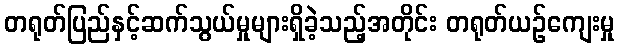
တရုတ်ပြည်နှင့်ဆက်သွယ်မှုများရှိခဲ့သည့်အတိုင်း တရုတ်ယဉ်ကျေးမှု